Calcutta medical institutions reports 1871-78
Year: 1871
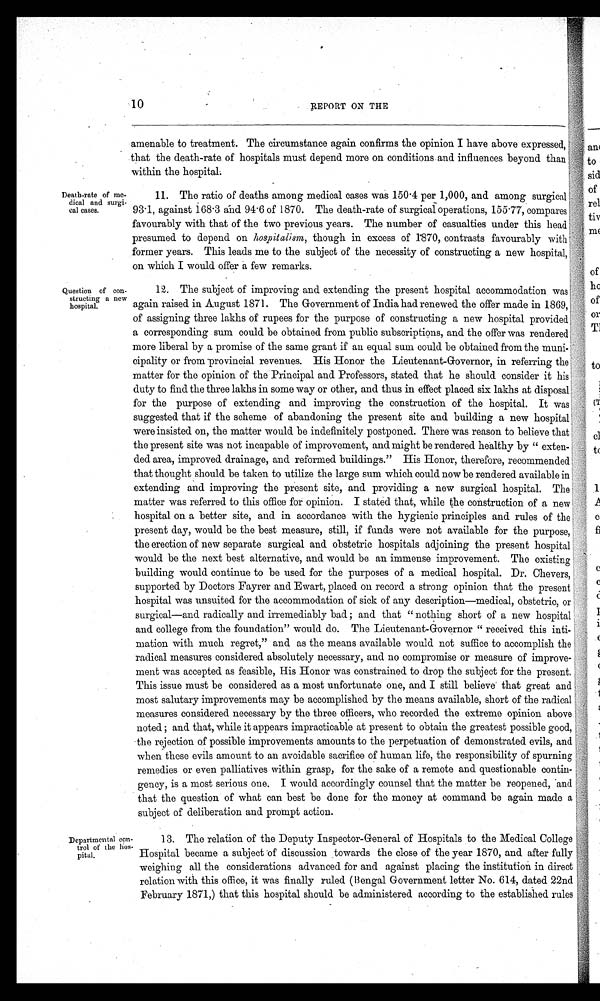
10
REPORT ON THE
Death-rate of me--
dical and surgi--
cal cases.
Question of con--
structing a now
hospital.
amenable to treatment. The circumstance again confirms the opinion I have above expressed,
that the death-rate of hospitals must depend more on conditions and influences beyond than
within the hospital.
11. The ratio of deaths among medical cases was 150.4 per 1,000, and among surgical
93.1, against 168.3 and 94.6 of 1870. The death-rate of surgical operations, 155.77, compares
favourably with that of the two previous years. The number of casualties under this head
presumed to depend on hospitalism, though in excess of 1870, contrasts favourably with
former years. This leads me to the subject of the necessity of constructing a new hospital,
on which I would offer a few remarks.
12. The subject of improving and extending the present hospital accommodation was
again raised in August 1871. The Government of India had renewed the offer made in 1869,
of assigning three lakhs of rupees for the purpose of constructing a new hospital provided
a corresponding sum could be obtained from public subscriptions, and the offer was rendered
more liberal by a promise of the same grant if an equal sum could be obtained from the muni--
cipality or from provincial revenues. His Honor the Lieutenant-Governor, in referring the
matter for the opinion of the Principal and Professors, stated that he should consider it his
duty to find the three lakhs in some way or other, and thus in effect placed six lakhs at disposal
for the purpose of extending and improving the construction of the hospital. It was
suggested that if the scheme of abandoning the present site and building a new hospital
were insisted on, the matter would be indefinitely postponed. There was reason to believe that
the present site was not incapable of improvement, and might be rendered healthy by "exten-
ded area, improved drainage, and reformed buildings." His Honor, therefore, recommended
that thought should be taken to utilize the large sum which could now be rendered available in
extending and improving the present site, and providing a new surgical hospital. The
matter was referred to this office for opinion. I stated that, while the construction of a new
hospital on a better site, and in accordance with the hygienic principles and rules of the
present day, would be the best measure, still, if funds were not available for the purpose,
the erection of new separate surgical and obstetric hospitals adjoining the present hospital
would be the next best alternative, and would be an immense improvement. The existing
building would continue to be used for the purposes of a medical hospital. Dr. Chevers,
supported by Doctors Fayrer and Ewart, placed on record a strong opinion that the present
hospital was unsuited for the accommodation of sick of any description—medical, obstetric, or
surgical—and radically and irremediably bad; and that "nothing short of a new hospital
and college from the foundation" would do. The Lieutenant-Governor "received this inti--
mation with much regret," and as the means available would not suffice to accomplish the
radical measures considered absolutely necessary, and no compromise or measure of improve--
ment was accepted as feasible, His Honor was constrained to drop the subject for the present.
This issue must be considered as a most unfortunate one, and I still believe that great and
most salutary improvements may be accomplished by the means available, short of the radical
measures considered necessary by the three officers, who recorded the extreme opinion above
noted; and that, while it appears impracticable at present to obtain the greatest possible good,
the rejection of possible improvements amounts to the perpetuation of demonstrated evils, and
when these evils amount to an avoidable sacrifice of human life, the responsibility of spurning
remedies or even palliatives within grasp, for the sake of a remote and questionable contin--
gency, is a most serious one. I would accordingly counsel that the matter be reopened, and
that the question of what can best be done for the money at command be again made a
subject of deliberation and prompt action.
Departmental con--
trol of the hos--
pital.
13. The relation of the Deputy Inspector-General of Hospitals to the Medical College
Hospital became a subject of discussion towards the close of the year 1870, and after fully
weighing all the considerations advanced for and against placing the institution in direct
relation with this office, it was finally ruled (Bengal Government letter No. 614, dated 22nd
February 1871,) that this hospital should be administered according to the established rules